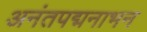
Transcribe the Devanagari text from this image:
अनंतपद्मनाभन